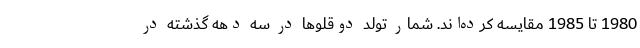
1980 تا 1985 مقایسه کرده‌اند. شمار تولد دوقلوها در سه دهه گذشته در